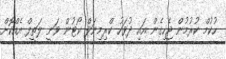
ހުކުމް ކުރުމުން ޖެހިގެން އައި ދުވަހު ކްރިމިނަލް ކޯޓުން ވަނީ ލަތީފް އެއްކޮށް